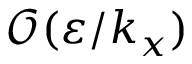
\mathcal { O } ( \varepsilon / k _ { x } )